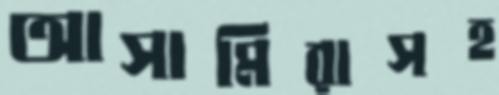
আসামিরাসহ